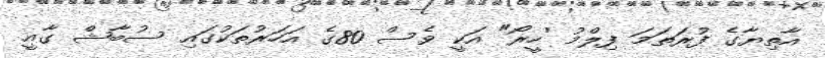
އާތިޔާގެ ފުރަތަމަ ފިލްމު 'ހީރޯ" އަކީ ވެސް 80ގެ އަހަރުތަކުގައި ސުބާޝް ގާއީ